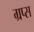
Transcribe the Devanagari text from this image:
ग्रप्स